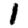
Digit: 1